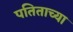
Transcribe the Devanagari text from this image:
पतिताच्या